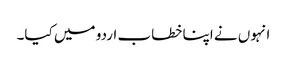
انہوں نے اپنا خطاب اردو میں کیا۔